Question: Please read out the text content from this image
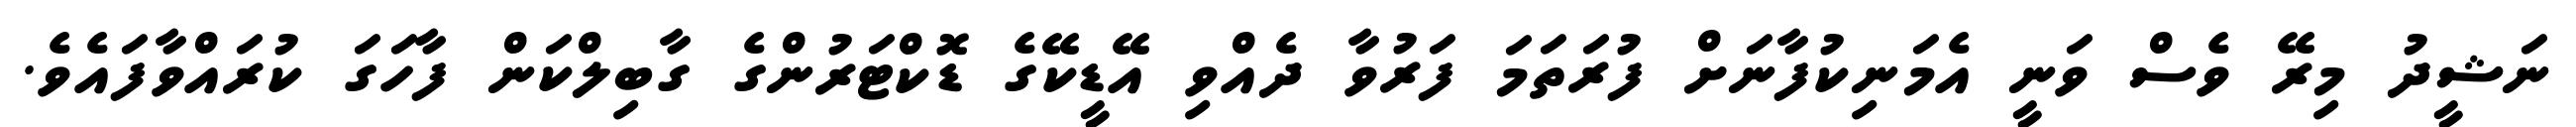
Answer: ނަޝީދު މިރޭ ވެސް ވަނީ އެމަނިކުފާނަށް ފުރަތަމަ ފަރުވާ ދެއްވި އޭޑީކޭގެ ޑޮކްޓަރުންގެ ގާބިލްކަން ފާހަގަ ކުރައްވާފައެވެ.